Rangoon Lunatic Asylum 1893-1897 - 1893-1897
Year: 1893
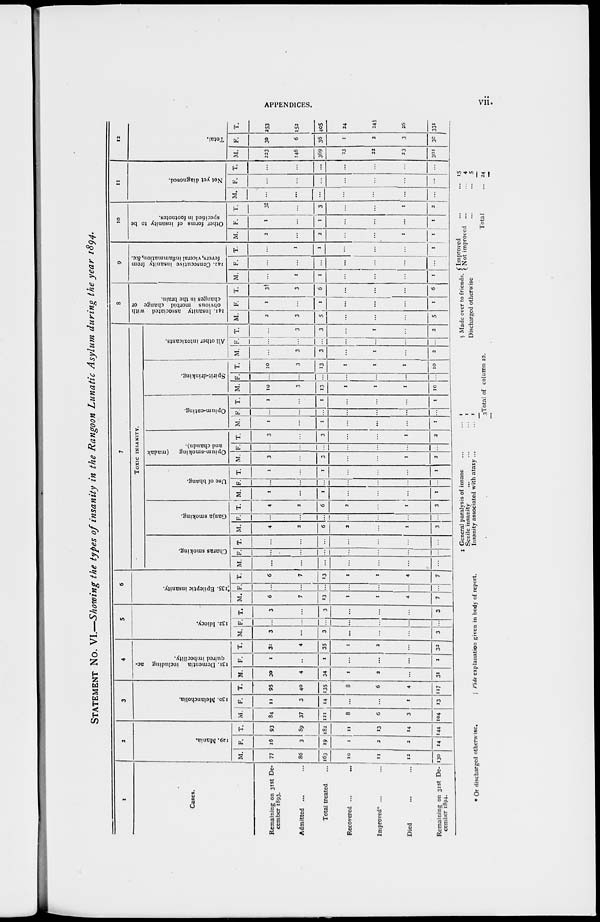
APPENDICES.
vii.
STATEMENT No. VI.—Showing the types of insanity in the Rangoon Lunatic Asylum during the year 1894.
1
Cases.
Remaining on 31st De-
cember 1893.
Admitted ... ...
Total treated ...
Recovered ... ...
Improved* ... ...
Died ... ...
Remaining on 31st De-
cember 1894.
2
129. Mania.
M.
77
86
163
10
11
12
130
F.
16
3
19
1
2
2
14
T.
93
89
182
11
13
14
144
3
130. Melancholia.
M.
84
37
121
8
6
3
104
F.
11
3
14
...
...
1
13
T.
95
40
135
8
6
4
117
4
131. Dementia including ac-
quired imbecility.
M.
30
4
34
1
2
...
31
F.
1
...
1
...
...
...
1
T.
31
4
35
1
2
...
32
5
132. Idiocy.
M.
3
...
3
...
...
...
3
F.
...
...
...
...
...
...
...
T.
3
...
3
...
...
...
3
6
135. Epileptic insanity.
M.
6
7
13
1
1
4
7
F
...
...
...
...
...
...
...
T.
6
7
13
...
...
4
7
7
TOXIC INSANITY.
Charas smoking.
M.
...
...
...
...
...
...
...
F.
...
...
...
...
...
...
...
T.
...
...
...
...
...
...
...
Ganja smoking.
M.
4
2
6
2
...
1
3
F.
...
...
...
...
...
...
...
T.
4
2
6
2
...
1
3
Use of bhang.
M.
1
...
1
...
...
...
1
F.
...
...
...
...
...
...
...
T.
1
...
1
...
...
...
1
Opium-smoking
(madak
and chandu).
M.
3
...
3
...
...
1
2
F.
...
...
...
...
...
...
...
T.
3
...
3
...
...
1
2
Opium-eating.
M.
1
...
1
...
...
...
1
F.
...
...
...
...
...
...
...
T.
1
...
1
...
...
...
1
Spirit-drinking.
M.
10
3
13
1
1
1
10
F.
...
...
...
...
...
...
T.
10
3
13
1
1
1
10
All other intoxicants.
M.
...
3
3
...
1
...
2
F
...
...
...
...
...
...
T.
...
3
3
...
1
...
2
8
141. Insanity associated with
obvious morbid change or
changes in the brain.
M.
2
3
5
...
...
...
5
F.
1
...
1
...
...
...
1
T.
3†
3
6
...
...
...
6
9
142. Consecutive insanity from
fevers, viceral inflammation, &c.
M.
...
1
1
...
...
...
1
F.
...
...
...
...
...
...
...
T.
...
1
1
...
...
...
1
10
Other forms of insanity to be
specified in footnotes.
M.
2
...
2
...
...
1
1
F.
1
...
1
...
...
...
1
T.
3‡
...
3
...
...
1
2
11
Not yet diagnosed.
M.
...
...
...
...
...
...
...
F.
...
...
...
...
...
...
T.
...
...
...
...
...
...
...
12
Total.
M.
223
146
369
23
22
23
301
F.
30
6
36
1
2
3
30
T.
253
152
405
24
24§
26
331
* Or discharged otherwise.
| Vide explanation given in body of report.
‡ General paralysis of insane ... ...
Senile insanity ... ... ...
Insanity associated with ataxy ...
1
1
1
3 Total of column 10.
§ Made over to friends. Improved ... ...
Not improved ... ...
Discharged otherwise ... ...
Total ...
15
4
5
24